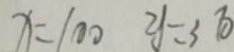
x = 1 0 0 y = 3 7 0